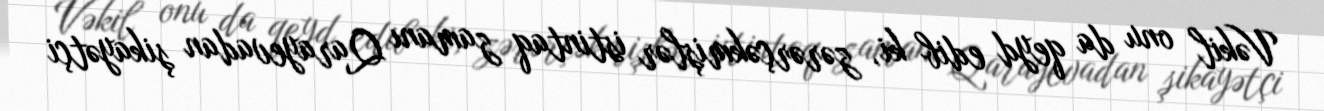
Vəkil onu da qeyd edib ki, zərərçəkmişlər istintaq zamanı Qarayevadan şikayətçi